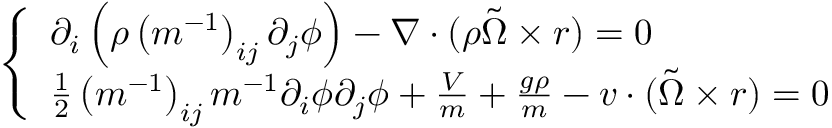
\left\{ \begin{array} { l } { \partial _ { i } \left( \rho \left( m ^ { - 1 } \right) _ { i j } \partial _ { j } \phi \right) - \nabla \cdot ( \rho \tilde { \Omega } \times r ) = 0 } \\ { \frac { 1 } { 2 } \left( m ^ { - 1 } \right) _ { i j } m ^ { - 1 } \partial _ { i } \phi \partial _ { j } \phi + \frac { V } { m } + \frac { g \rho } { m } - v \cdot ( \tilde { \Omega } \times r ) = 0 } \end{array} \right.